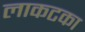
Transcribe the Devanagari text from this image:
लाकटका